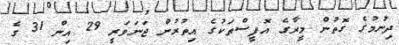
ދިނުމުގެ ގޮތުން މީރާގެ އޮފީސްތަކުގެ އިތުރުން ޖަނަވަރީ 29 އިން 31 ގެ